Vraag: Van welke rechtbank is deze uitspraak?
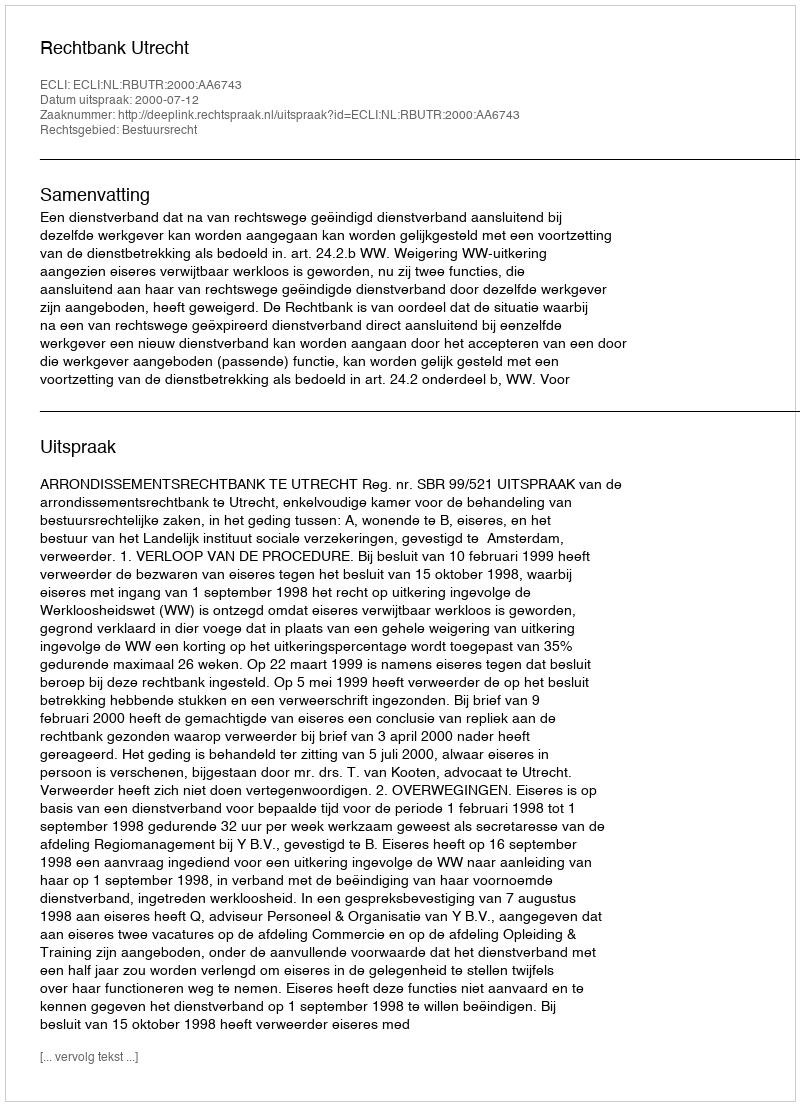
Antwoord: Rechtbank Utrecht